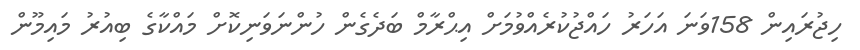
ހިޖުރައިން 158ވަނަ އަހަރު ހައްޖުކުރެއްވުމަށް އިޙްރާމް ބަދެގެން ހުންނަވަނިކޮށް މައްކާގެ ބިއުރު މައިމޫން